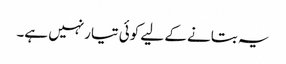
یہ بتانے کے لیے کوئی تیارنہیں ہے۔